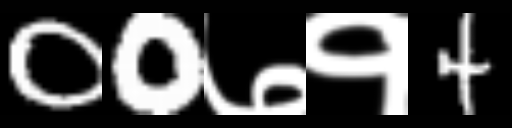
Text: 00७१4